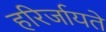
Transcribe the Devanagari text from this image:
हरिर्जायते